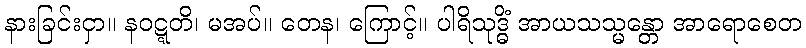
နားခြင်းငှာ။ နဝဋ္ဋတိ၊ မအပ်။ တေန၊ ကြောင့်။ ပါရိသုဒ္ဓိံ အာယသသ္မန္တော အာရောစေတ